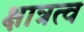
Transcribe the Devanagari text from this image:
क्षात्रत्व